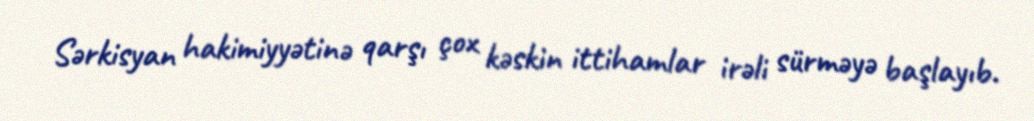
Sərkisyan hakimiyyətinə qarşı çox kəskin ittihamlar irəli sürməyə başlayıb.